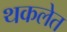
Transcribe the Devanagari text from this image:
थकलेत